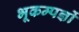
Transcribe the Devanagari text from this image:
भूकम्पज्ञों